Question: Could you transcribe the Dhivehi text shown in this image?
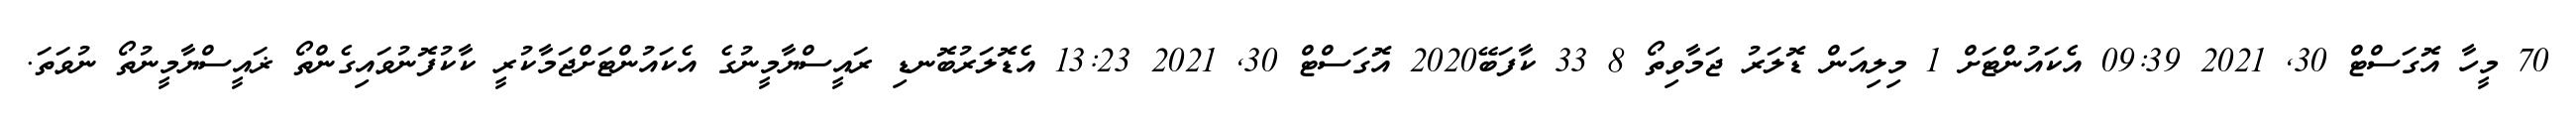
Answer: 70 މީހާ އޮގަސްޓް 30, 2021 09:39 އެކައުންޓަށް 1 މިލިއަން ޑޮލަރު ޖަމާވިތޯ 8 33 ކާފަބޭ2020 އޮގަސްޓް 30, 2021 13:23 އެޑޮލަރުބޮނޑި ރައީސްޔާމީނުގެ އެކައުންޓަށްޖަމާކުރީ ކާކުފޮނުވައިގެންތޯ ޜައީސްޔާމީނުތޯ ނުވަތަ.